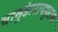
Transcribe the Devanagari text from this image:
चामुंडारायपुराण